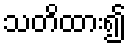
သတိထား၍